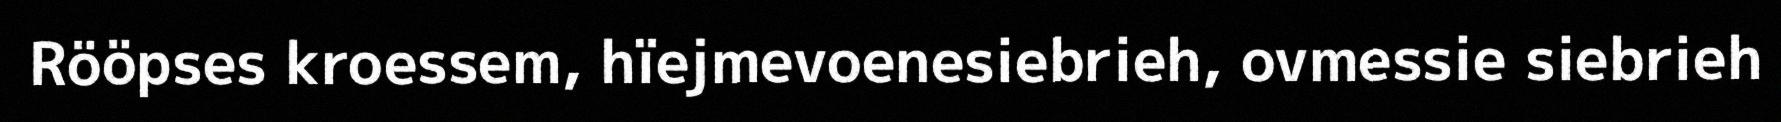
Rööpses kroessem, hïejmevoenesiebrieh, ovmessie siebrieh